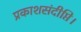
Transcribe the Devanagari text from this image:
प्रकाशसंदीप्ति।